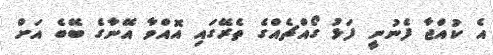
އެ ކުއްޖާ ފެނުނީ ފަޅު ގޯއްޗެއްގެ ތެރޭގައި އޮއްވާ އޭނާގެ ބޭބެ އަށް